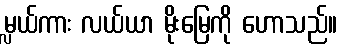
မ္လယ်ကား လယ်ယာ မိုးမြေကို ဟောသည်။